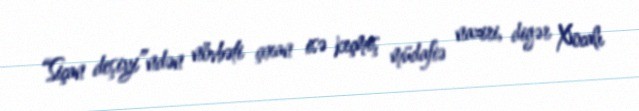
“Siçan deşiyi”ndən növbəti çıxan isə keçmiş müdafiə naziri, digər Xocalı